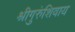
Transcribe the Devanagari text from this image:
श्रीगुरुंशिवाय